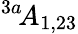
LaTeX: ^{3a\! }A_{1,23}